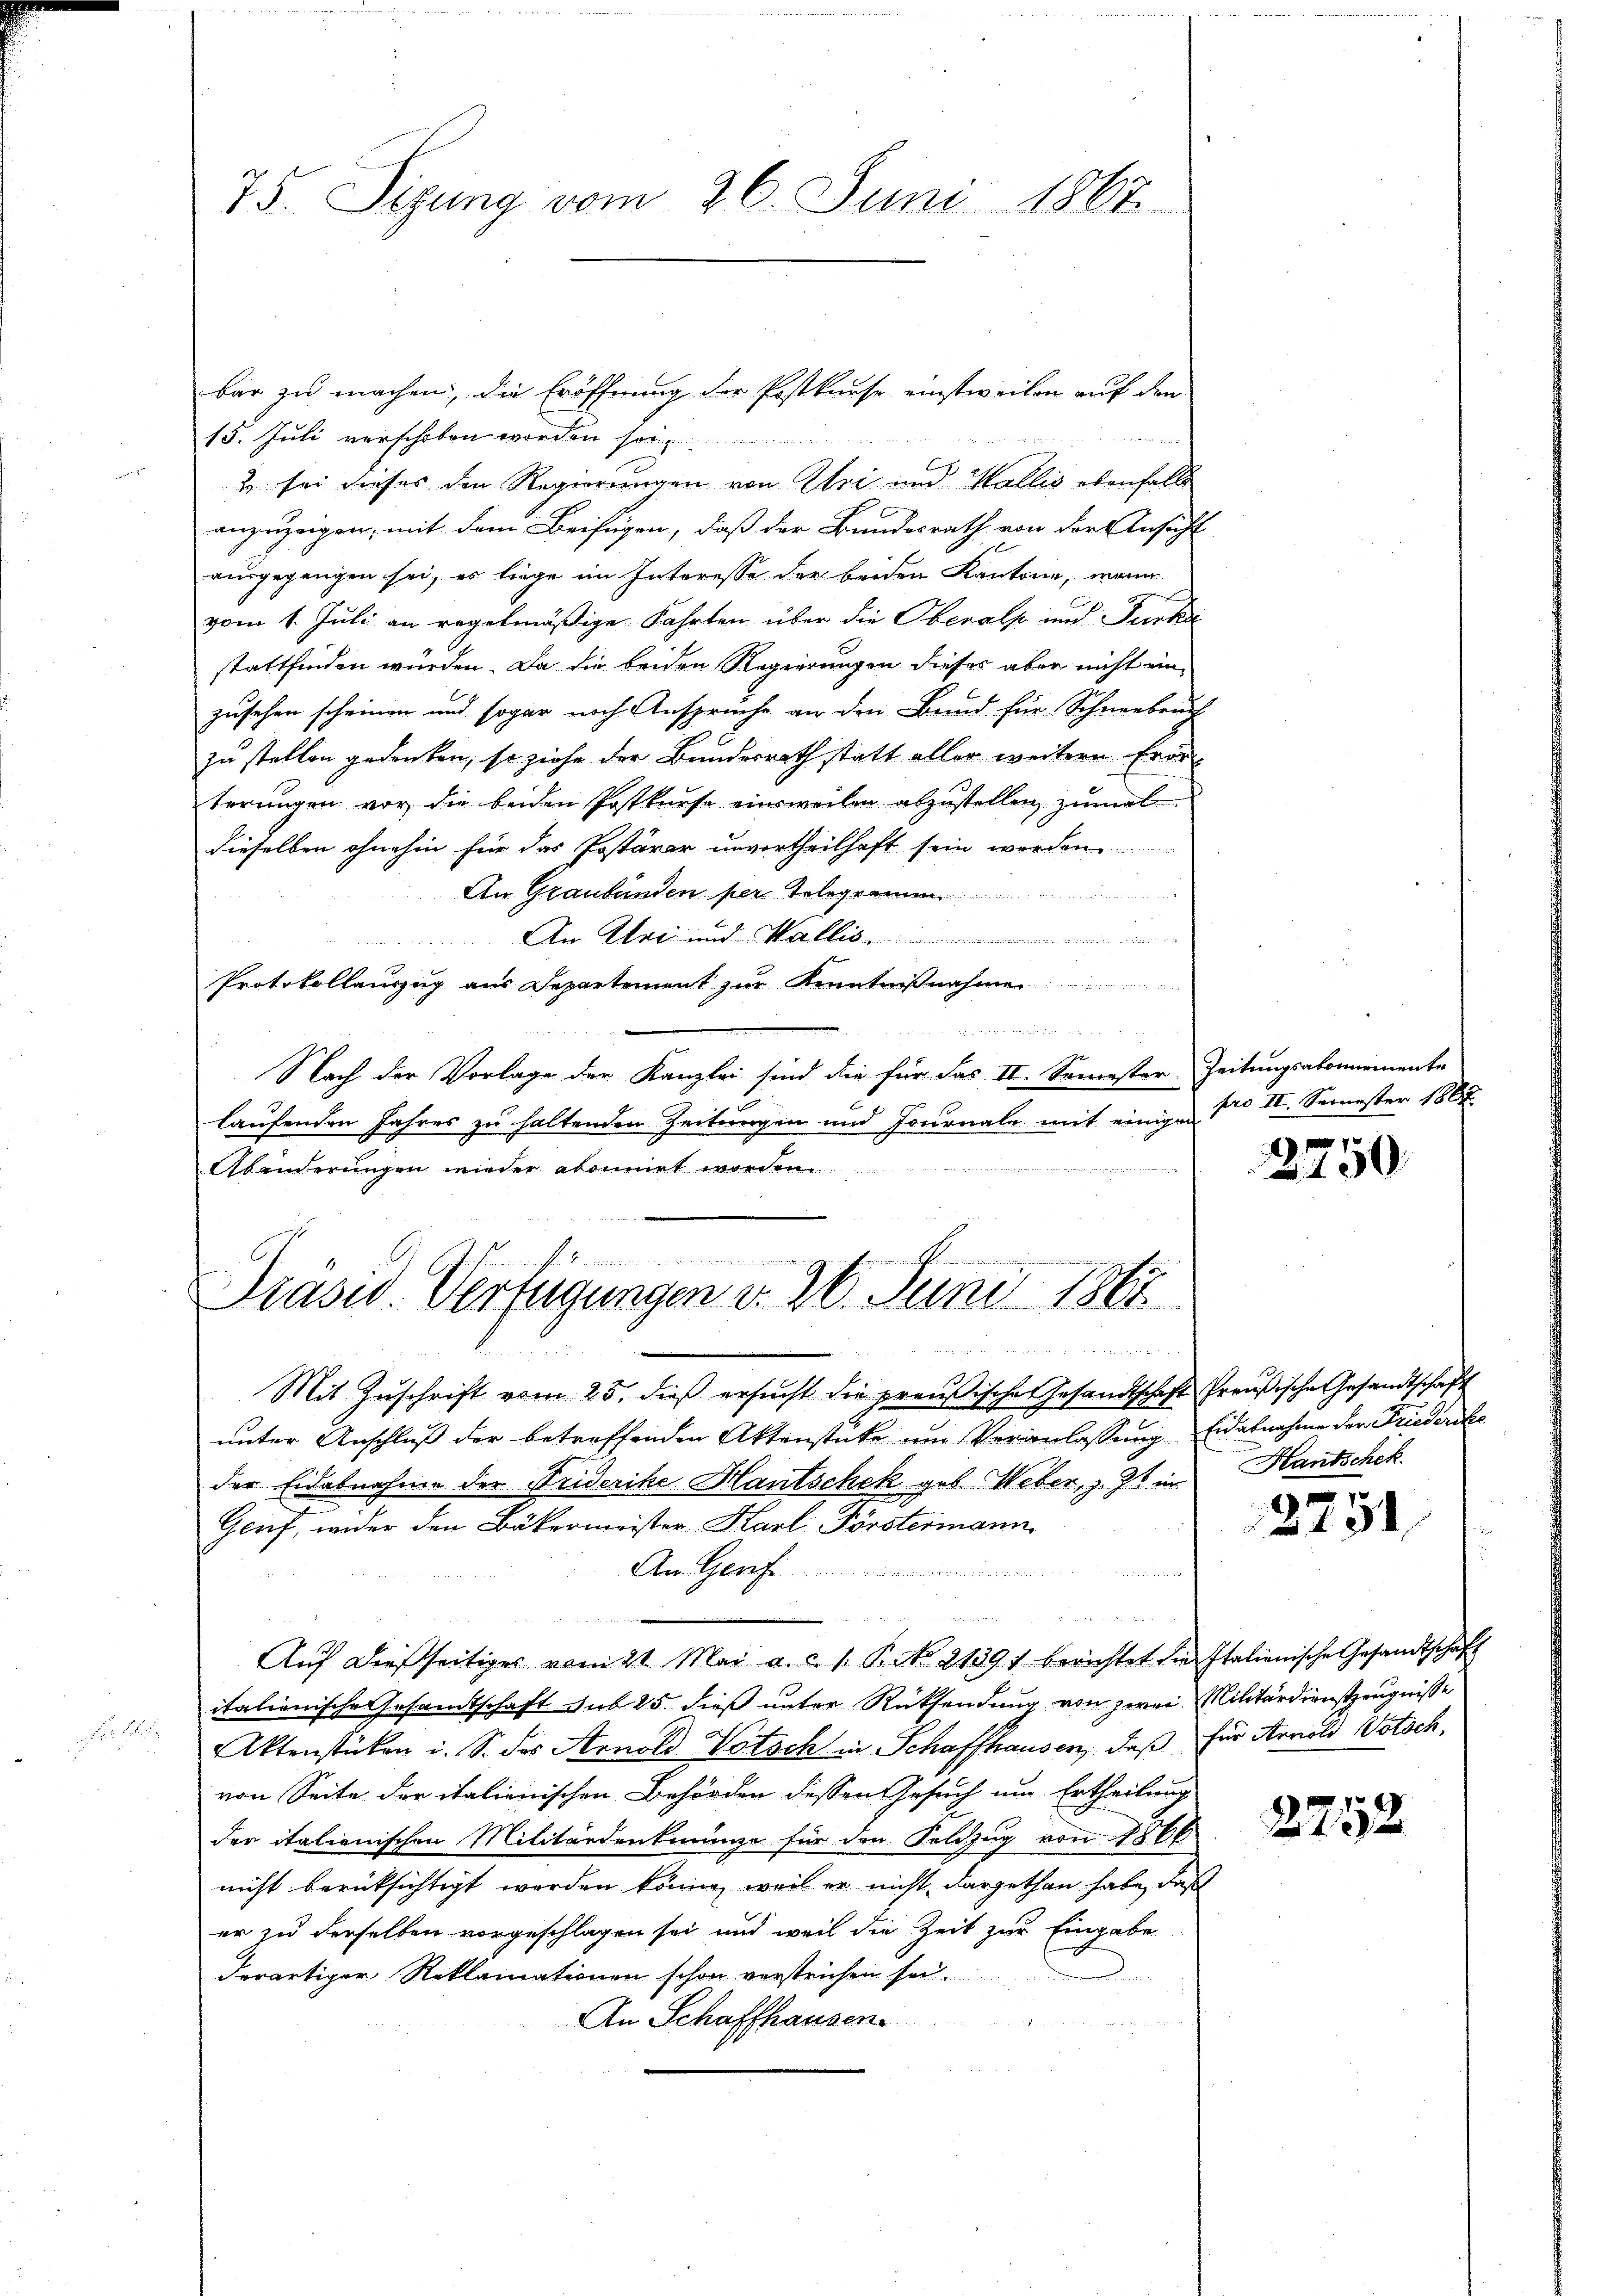
75. Sizung vom 26. Juni 1867

bar zu machen, die Eröffnung der Postkurse einstweilen auf den
15. Juli verschoben worden so

C
& sei dieses den Regierungen von Uri und Wallis ebenfalls
anzuzeigen, mit dem Beifügen, daß der Bundesrath von der Ansicht
ausgegangen sei, es liege im Interesse der beiden Kantone, wenn
vom 1. Juli an regelmäßige Fahrten über die Oberalp und Furka
stattfinden würden. Da die beiden Regierungen dieses aber nicht einzusehen scheinen und sogar noch Ansprüche an den Bund für Schneebruch
zu stellen gedenken, so ziehe der Bundesrath statt aller weitern Erörterungen vor die beiden Postkurse einsweilen abzustellen, zumal
dieselben ohnehin für das Postärar unvertheilhaft sein worden
An Graubünden per Telegramm
8
An Uri und Wallis.

Protokollanzug aus Departement zur Kennt

Nach der Vorlage der Kanzlei sind die für das II. Semester Zeitungsabonnemente
laufenden Jahres zu haltenden Zeitungen und Journale mit einigen
Abänderungen wieder abonnet worde

A

 |
Prasw. Verfügungen d. 26. Juni 1865.

Mit Zŭschrift vom 25. dieβ ersŭcht die preußische Gesandtschaft Preußische Gesandtschaft
unter Anschluß der betreffenden Aktenstücke um Veranlassung Eidabnehme der Friederike
der Eidabnahme der Striderike Hautschek geb. Weber, z. Zt. in
Genf, weder den Bäkermeister Karl Förstermann
Am Ger
r Ferner a

Auf dießseitiges vom 21. Mai a. c. 1. P. Nr. 21391 berichtet die Italienische Gesandtschaft
itationische Gesandtschaft sub 25. dieß unter Rücksendung von zwei Militärdienstzeugnisse

Aktenstücken i. S. das Arnold Votsch in Schaffhausen, daß für Arnold Votsch.
von Seite der italienischen Behörden dessen Gesuch um Ertheilung
der italienischen Militärdentinge für den Feldzug von 1866.
nicht berücksichtigt werden könne, weil er nicht dargethan habe, daß
er zu derselben vorgeschlagen sei und weil die Zeit zur Eingabe
derartiger Reklamationen schon verstrichen sei.
An Schaffhausen.

pro II. Semester 1807.

2
100

Hantschek

2251

2252